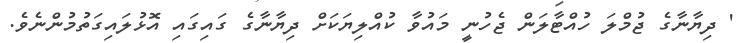
' ދިޔާނާގެ ޖުމްލަ ހުއްޓާލަން ޖެހުނީ މައުވާ ކުއްލިޔަކަށް ދިޔާނާގެ ގައިގައި އޮޅުލައިގަތުމުންނެވެ.